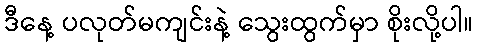
ဒီနေ့ ပလုတ်မကျင်းနဲ့ သွေးထွက်မှာ စိုးလို့ပါ။